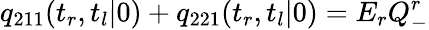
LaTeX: q_{211}(t_{r},t_{l}|0)+q_{221}(t_{r},t_{l}|0)=E_{r}Q_{-}^{r}